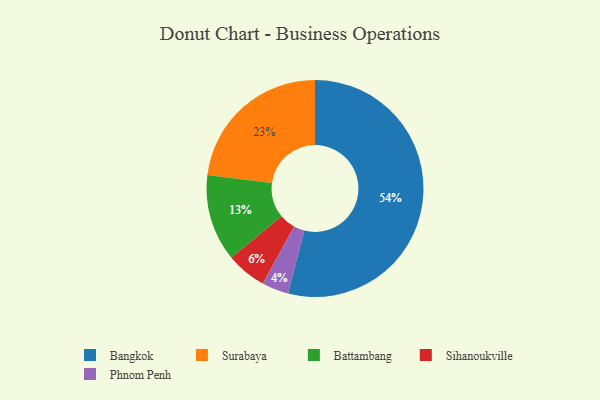
{"axis": {"x": "Category", "y": "Percentage"}, "legend": ["Bangkok", "Battambang", "Phnom Penh", "Sihanoukville", "Surabaya"], "data": [{"x": "Bangkok", "y": 54, "type": "Bangkok"}, {"x": "Battambang", "y": 13, "type": "Battambang"}, {"x": "Phnom Penh", "y": 4, "type": "Phnom Penh"}, {"x": "Sihanoukville", "y": 6, "type": "Sihanoukville"}, {"x": "Surabaya", "y": 23, "type": "Surabaya"}]}